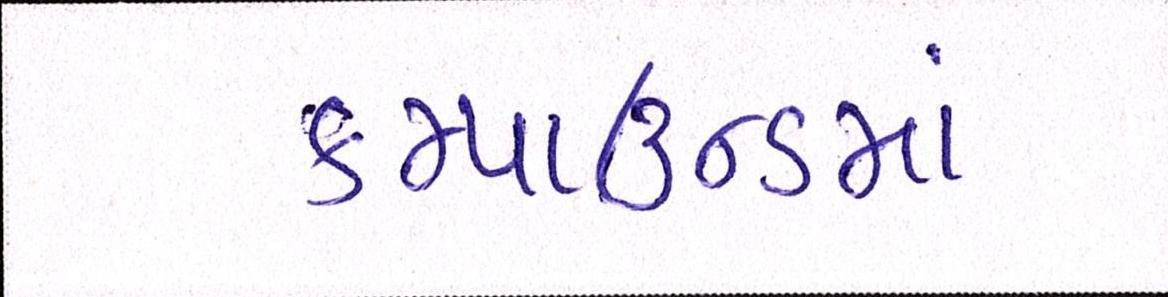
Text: કમ્પાઉન્ડમાં